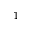
^ { 1 }